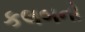
કલબનો